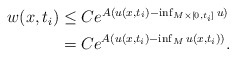
\begin{align*}\begin{aligned}w(x,t_i) &\leq C e^{A (u(x,t_i) - \inf_{M \times [0,t_i]} u)} \\&= C e^{A (u(x,t_i) - \inf_M u(x,t_i))}.\end{aligned}\end{align*}